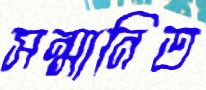
সন্মানিত